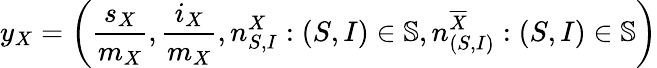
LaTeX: y_{X}=\left(\frac{s_{X}}{m_{X}},\frac{i_{X}}{m_{X}},n_{S,I}^{X}:(S,I)\in\mathbb{S},n_{(S,I)}^{\overline{{X}}}:(S,I)\in\mathbb{S}\right)